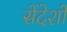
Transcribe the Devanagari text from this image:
सेंदेशों